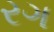
રગ